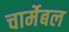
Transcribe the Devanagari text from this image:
चार्मेबल